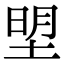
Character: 𭎮